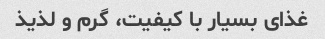
غذای بسیار با کیفیت، گرم و لذیذ